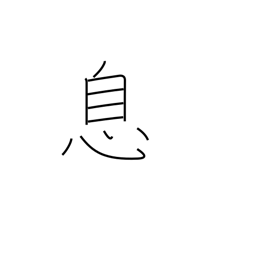
Meaning: son